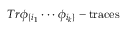
T r \phi _ { \{ i _ { 1 } } \cdot \cdot \cdot \phi _ { i _ { k } \} } - \mathrm { t r a c e s }